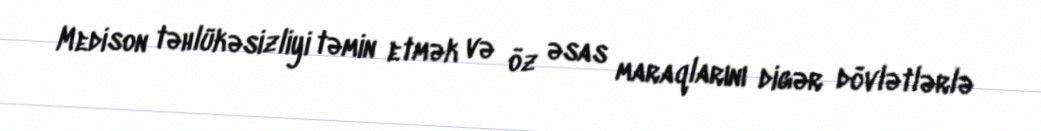
Medison təhlükəsizliyi təmin etmək və öz əsas maraqlarını digər dövlətlərlə